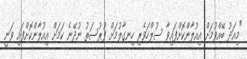
"މިއަދު ބޭއްވުމަށް އިއުލާންކޮށްފައިވާ ސުލްހަވެރި ހިނގާލުމަށް ފުރުސަތު ނުދޭނެ ކަމަށް އިއުލާންކޮށްފައި ވަނީ